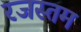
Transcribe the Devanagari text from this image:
रजस्तम